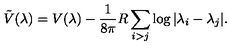
\tilde { V } ( \lambda ) = V ( \lambda ) - \frac { 1 } { 8 \pi } R \sum _ { i > j } \log | \lambda _ { i } - \lambda _ { j } | .